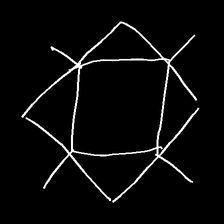
Glyph: light